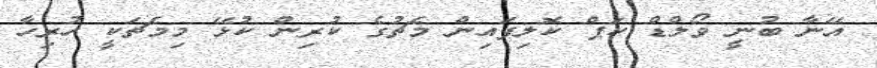
އޭނާ ބުނީ ވޯލްޑް ކަޕް ކޮލިފައިން މެޗުގެ ކުރިން ކުޅޭ މިމެޗަކީ ހުރިހާ